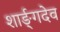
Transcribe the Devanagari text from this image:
शार्ङ्‌गदेव